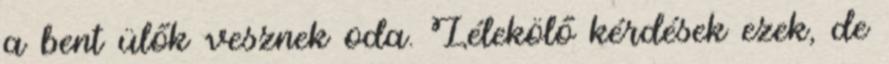
a bent ülők vesznek oda. Lélekölő kérdések ezek, de